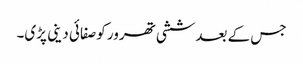
جس کے بعدششی تھرور کوصفائی دینی پڑی۔